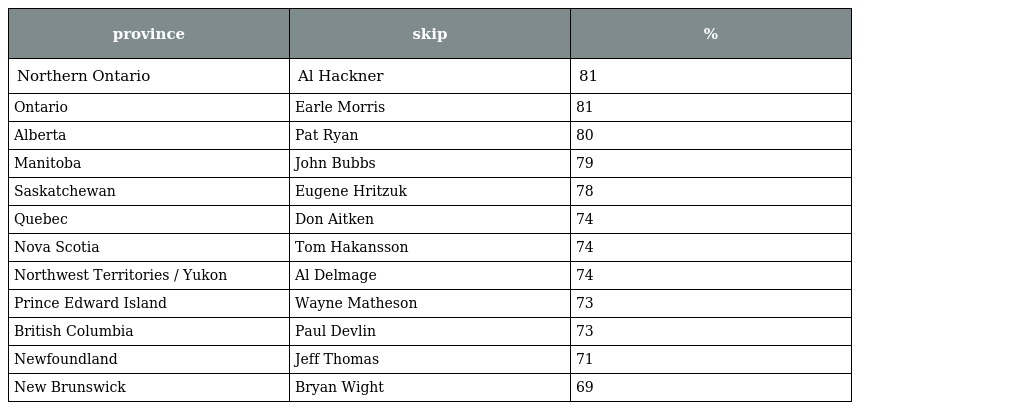
| province | skip | % |
 | --- | --- | --- |
 | Northern Ontario | Al Hackner | 81 |
 | Ontario | Earle Morris | 81 |
 | Alberta | Pat Ryan | 80 |
 | Manitoba | John Bubbs | 79 |
 | Saskatchewan | Eugene Hritzuk | 78 |
 | Quebec | Don Aitken | 74 |
 | Nova Scotia | Tom Hakansson | 74 |
 | Northwest Territories / Yukon | Al Delmage | 74 |
 | Prince Edward Island | Wayne Matheson | 73 |
 | British Columbia | Paul Devlin | 73 |
 | Newfoundland | Jeff Thomas | 71 |
 | New Brunswick | Bryan Wight | 69 |